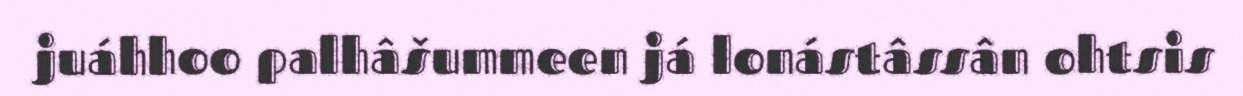
juáhhoo palhâšummeen já lonástâssân ohtsis